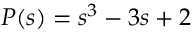
P ( s ) = s ^ { 3 } - 3 s + 2